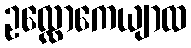
ဥလ္လောကေယျာထ